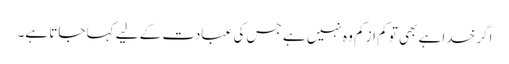
اگر خدا ہے بھی تو کم از کم وہ نہیں ہے جس کی عبادت کے لیے کہا جاتا ہے۔